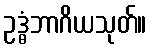
ဥဒ္ဓံဘာဂိယသုတ်။